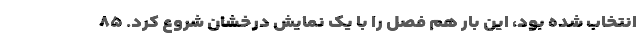
انتخاب شده بود، این بار هم فصل را با یک نمایش درخشان شروع کرد. ۸۵